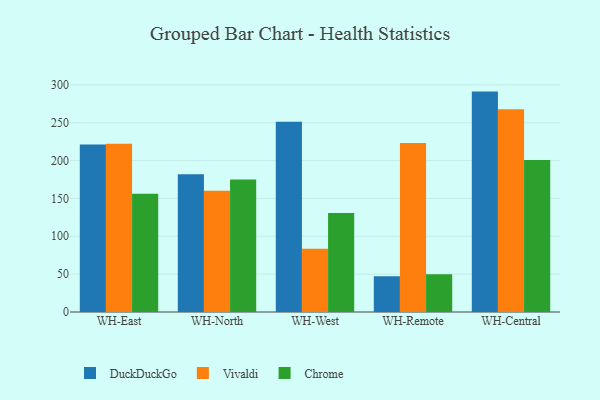
{"axis": {"x": "Warehouse", "y": "Website Visitors"}, "legend": ["Chrome", "DuckDuckGo", "Vivaldi"], "data": [{"x": "WH-East", "y": 221.2, "type": "DuckDuckGo"}, {"x": "WH-East", "y": 222.3, "type": "Vivaldi"}, {"x": "WH-East", "y": 156.1, "type": "Chrome"}, {"x": "WH-North", "y": 181.8, "type": "DuckDuckGo"}, {"x": "WH-North", "y": 160.3, "type": "Vivaldi"}, {"x": "WH-North", "y": 174.9, "type": "Chrome"}, {"x": "WH-West", "y": 251.2, "type": "DuckDuckGo"}, {"x": "WH-West", "y": 83.4, "type": "Vivaldi"}, {"x": "WH-West", "y": 130.9, "type": "Chrome"}, {"x": "WH-Remote", "y": 47.2, "type": "DuckDuckGo"}, {"x": "WH-Remote", "y": 223.1, "type": "Vivaldi"}, {"x": "WH-Remote", "y": 50.0, "type": "Chrome"}, {"x": "WH-Central", "y": 291.1, "type": "DuckDuckGo"}, {"x": "WH-Central", "y": 267.9, "type": "Vivaldi"}, {"x": "WH-Central", "y": 200.7, "type": "Chrome"}]}